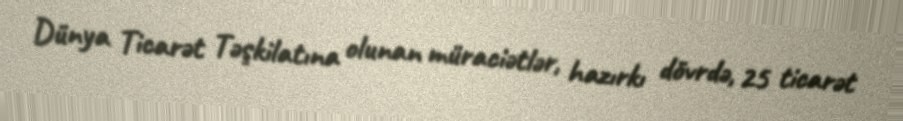
Dünya Ticarət Təşkilatına olunan müraciətlər, hazırkı dövrdə, 25 ticarət